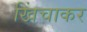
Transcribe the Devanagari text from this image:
खिंचाकर